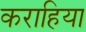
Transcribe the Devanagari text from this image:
कराहिया